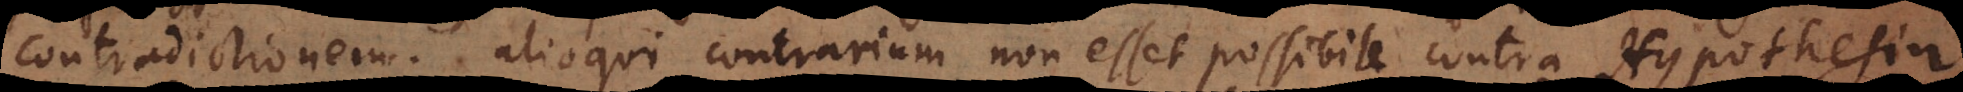
contradictionem; alioqui contrarium non esset possibile contra Hypothesin.